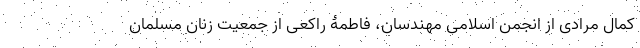
کمال مرادی از انجمن اسلامی مهندسان، فاطمۀ راکعی از جمعیت زنان مسلمان